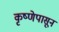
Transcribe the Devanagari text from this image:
कृष्णेपासून